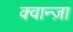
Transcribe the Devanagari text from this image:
क्वान्ज़ा